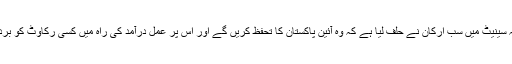
سراج الحق نے کہا کہ سینیٹ میں سب ارکان نے حلف لیا ہے کہ وہ آئین پاکستان کا تحفظ کریں گے اور اس پر عمل درآمد کی راہ میں کسی رکاوٹ کو برداشت نہیں کریں گے ۔